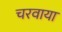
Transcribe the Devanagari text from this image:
चरवाया